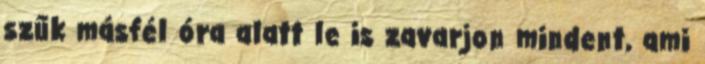
szűk másfél óra alatt le is zavarjon mindent, ami